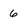
Character: 6